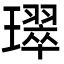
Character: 璻